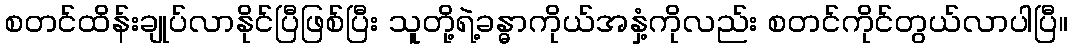
စတင်ထိန်းချုပ်လာနိုင်ပြီဖြစ်ပြီး သူတို့ရဲ့ခန္ဓာကိုယ်အနှံ့ကိုလည်း စတင်ကိုင်တွယ်လာပါပြီ။